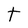
Character: t